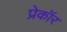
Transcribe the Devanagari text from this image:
प्रेकॉर